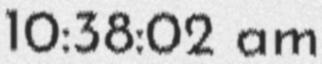
10:38:02 am